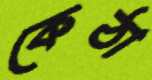
কেঠা